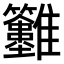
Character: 𩁲